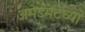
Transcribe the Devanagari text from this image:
अमेंडमेंटच्या